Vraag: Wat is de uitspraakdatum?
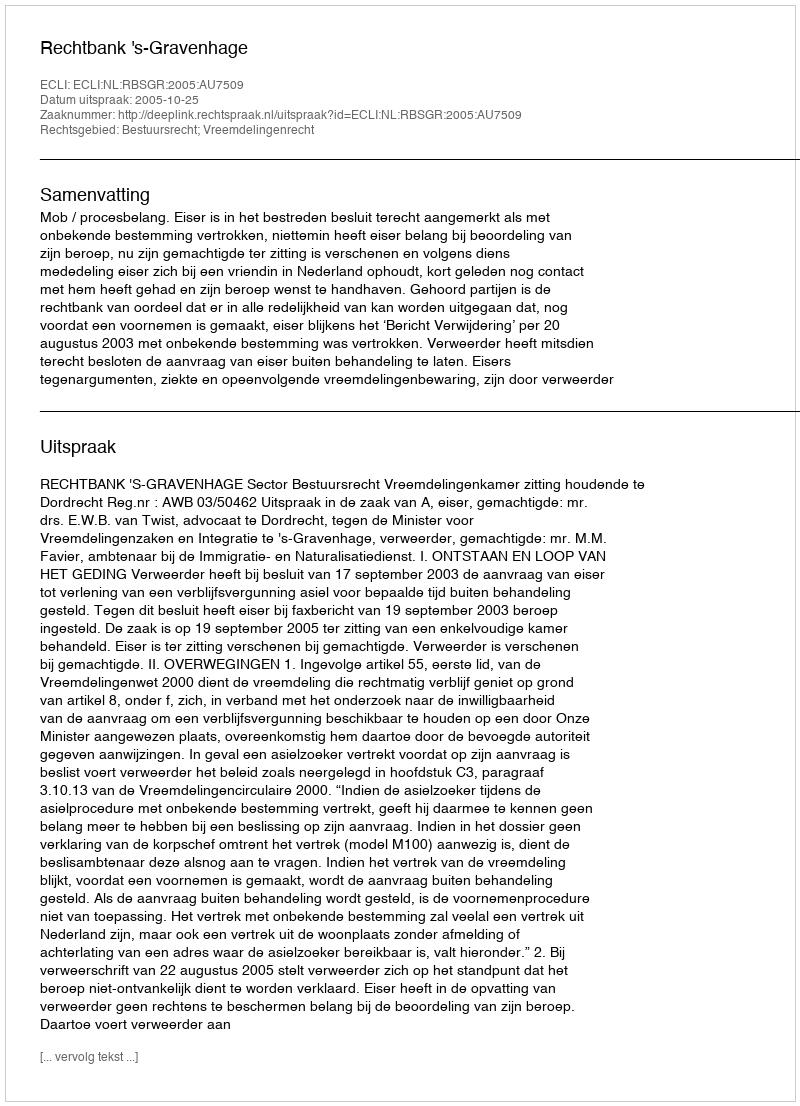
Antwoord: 2005-10-25